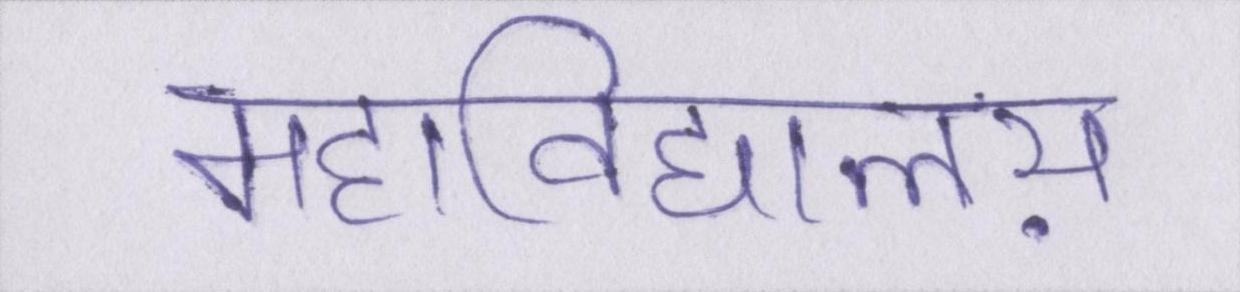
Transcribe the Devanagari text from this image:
महाविद्यालय़